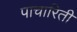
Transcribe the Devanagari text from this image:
पाचारिती